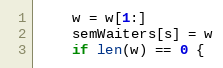
Language: Go
	w = w[1:]
	semWaiters[s] = w
	if len(w) == 0 {